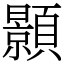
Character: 顥